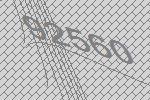
92560